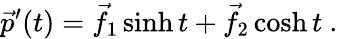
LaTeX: {\vec{p}}^{\prime}(t)={\vec{f}}_{1}\sinh t+{\vec{f}}_{2}\cosh t\ .